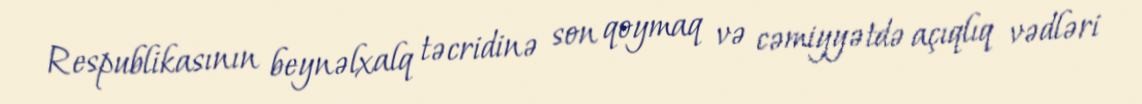
Respublikasının beynəlxalq təcridinə son qoymaq və cəmiyyətdə açıqlıq vədləri